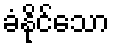
ခံနိုင်သော